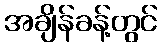
အချိန်ခန့်တွင်